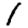
Digit: 1